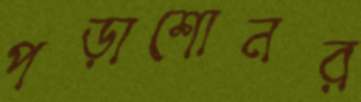
পড়াশোনর